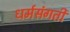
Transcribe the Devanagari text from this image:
धर्मसंगती